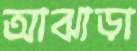
আঝাড়া